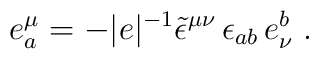
e_{a}^{\mu }=-|e|^{-1}\tilde{\epsilon }^{\mu \nu }\, \epsilon _{ab}\, e^{b}_{\nu }\; .